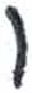
אות: ו